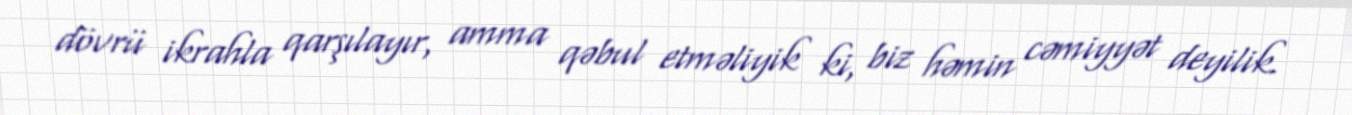
dövrü ikrahla qarşılayır, amma qəbul etməliyik ki, biz həmin cəmiyyət deyilik.